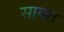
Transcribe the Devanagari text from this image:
सायत